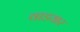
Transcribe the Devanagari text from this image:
वाडयार